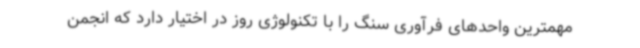
مهمترین واحدهای فرآوری سنگ را با تکنولوژی روز در اختیار دارد که انجمن